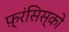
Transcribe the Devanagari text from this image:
फ़्रंसिस्को